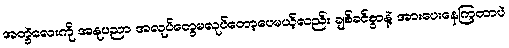
အတွဲလေးကို အနုပညာ အလုပ်တွေမလုပ်တော့ပေမယ့်လည်း ချစ်ခင်စွာနဲ့ အားပေးနေကြတာပဲ